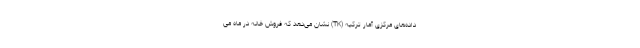
داده‌های مرکزی آمار ترکیه (TK) نشان می‌دهد که فروش خانه در ماه می